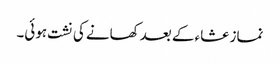
نماز عشاء کے بعد کھانے کی نشت ہوئی۔